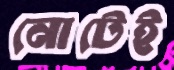
নোটেই